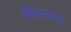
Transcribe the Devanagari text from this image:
सीदासाधा